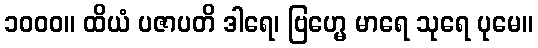
၁၀၀၀။ ထိယံ ပဇာပတိ ဒါရေ၊ ဗြဟ္မေ မာရေ သုရေ ပုမေ။